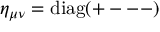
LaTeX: \eta _ { \mu \nu } = \mathrm { { d i a g } } ( + --- )